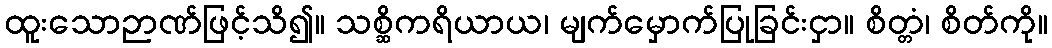
ထူးသောဉာဏ်ဖြင့်သိ၍။ သစ္ဆိကရိယာယ၊ မျက်မှောက်ပြုခြင်းငှာ။ စိတ္တံ၊ စိတ်ကို။